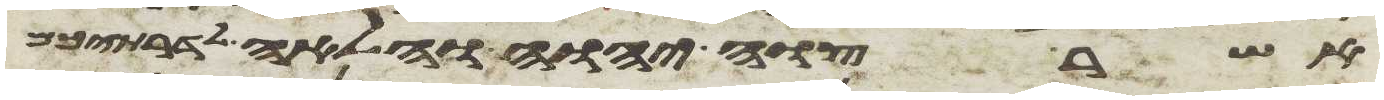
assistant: אשר צוה יהוה והלאה לדרתיכם